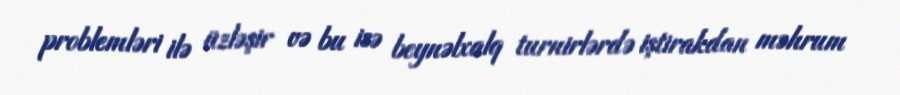
problemləri ilə üzləşir və bu isə beynəlxalq turnirlərdə iştirakdan məhrum